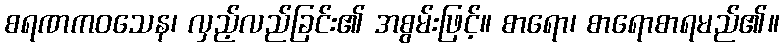
စရဏကဝသေန၊ လှည့်လည်ခြင်း၏ အစွမ်းဖြင့်။ စာရော၊ စာရောစာရမည်၏။